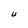
Character: U